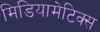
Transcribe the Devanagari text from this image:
मिडियामेटिक्स